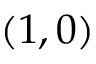
( 1 , 0 )